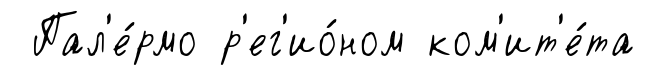
Пал'е́рмо р'ег'ио́ном ком'ит'е́та